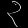
Digit: ၃